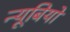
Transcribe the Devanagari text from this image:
न्यूबियो